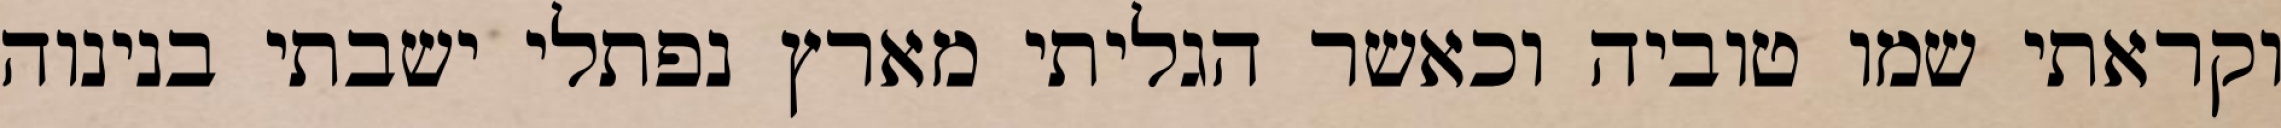
וקראתי שמו טוביה וכאשר הגליתי מארץ נפתלי ישבתי בנינוה